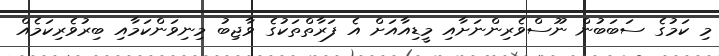
މި ކަމުގެ ސަބަބުން ނޫސްވެރިންނަށާއި މީޑިއާއަށް އެ ފަރާތްތަކުގެ ވާޖިބު މިނިވަންކަމާއި ބިރުވެރިކަމެއް